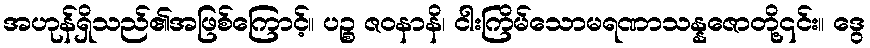
အဟုန်ရှိသည်၏အဖြစ်ကြောင့်။ ပဉ္စ ဇဝနာနိ၊ ငါးကြိမ်သောမရဏာသန္နဇောတို့၎င်း။ ဒွေ